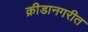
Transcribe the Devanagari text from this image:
क्रीडानगरीत